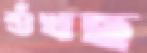
শুঁখছ